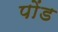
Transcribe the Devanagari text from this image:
पोंड